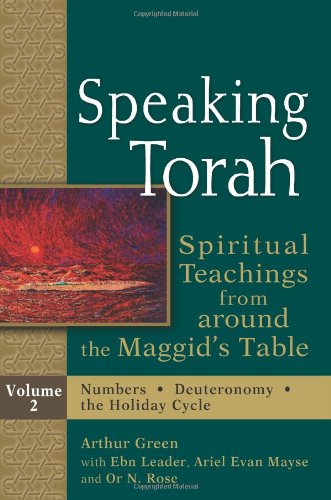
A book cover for Speaking Torah, : Spiritual Teachings from around the Maggid's Table, Vol. 2; Religion & Spirituality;